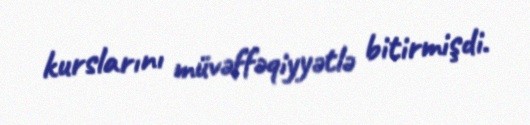
kurslarını müvəffəqiyyətlə bitirmişdi.